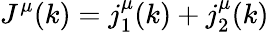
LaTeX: J^{\mu}(k)=j_{1}^{\mu}(k)+j_{2}^{\mu}(k)